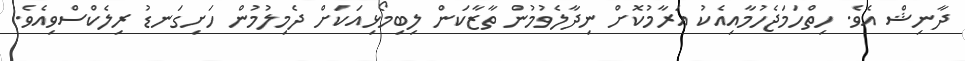
ދާނިޝް އެވެ. ހިތްހަމަޖެހުމާއިއެކު އަރާމުކޮށް ނިދާލެވުމުން ތާޒާކަން ލިބިމޯޅިއަކަށް ދެމިލުމުން ހަށިގަނޑު ރިލެކްސްވިއެވެ.